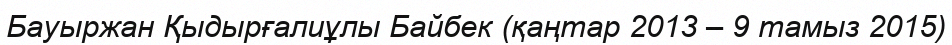
Бауыржан Қыдырғалиұлы Байбек (қаңтар 2013 – 9 тамыз 2015)